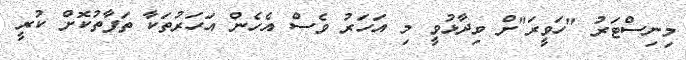
މިނިސްޓަރު "ހަވީރަ"ށް ވިދާޅުވީ މި އަހަރު ވެސް އެހެން އަހަރުތަކާ ތަފާތުކޮށް ކުރީ